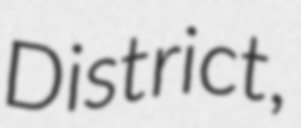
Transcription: District,